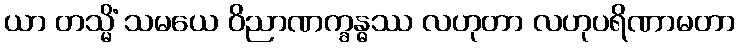
ယာ တသ္မိံ သမယေ ဝိညာဏက္ခန္ဓဿ လဟုတာ လဟုပရိဏာမတာ